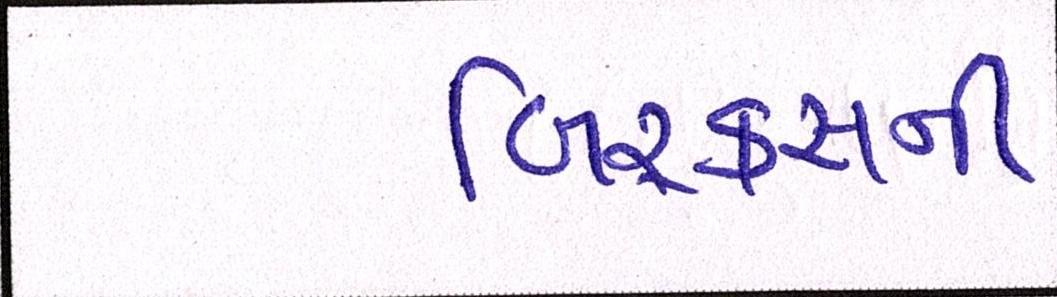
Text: બિ્રક્સની